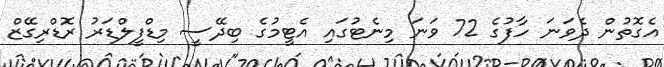
އެގޮތުން ދެވަނަ ހާފުގެ 72 ވަނަ މިނެޓުގައި އެޓީމުގެ ބިދޭސީ މިޑްފީލްޑަރު ރޮޑްރިގޭޒް